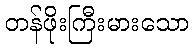
တန်ဖိုးကြီးမားသော